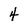
Character: 4